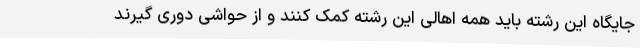
جایگاه این رشته باید همه اهالی این رشته کمک کنند و از حواشی دوری گیرند